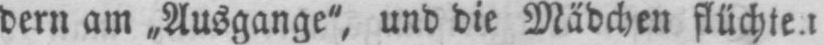
dern am „Ausgange“, und die Mädchen flüchten